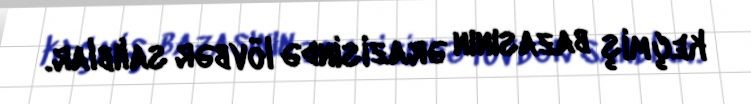
keçmiş bazasının ərazisində lövbər salıblar.